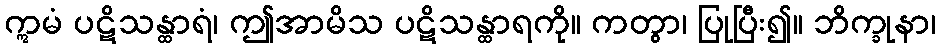
ဣမံ ပဋိသန္ထာရံ၊ ဤအာမိသ ပဋိသန္ထာရကို။ ကတွာ၊ ပြုပြီး၍။ ဘိက္ခုနာ၊